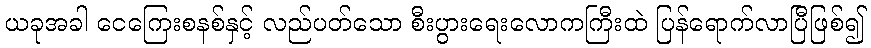
ယခုအခါ ငေကြေးစနစ်နှင့် လည်ပတ်သော စီးပွားရေးလောကကြီးထဲ ပြန်ရောက်လာပြီဖြစ်၍